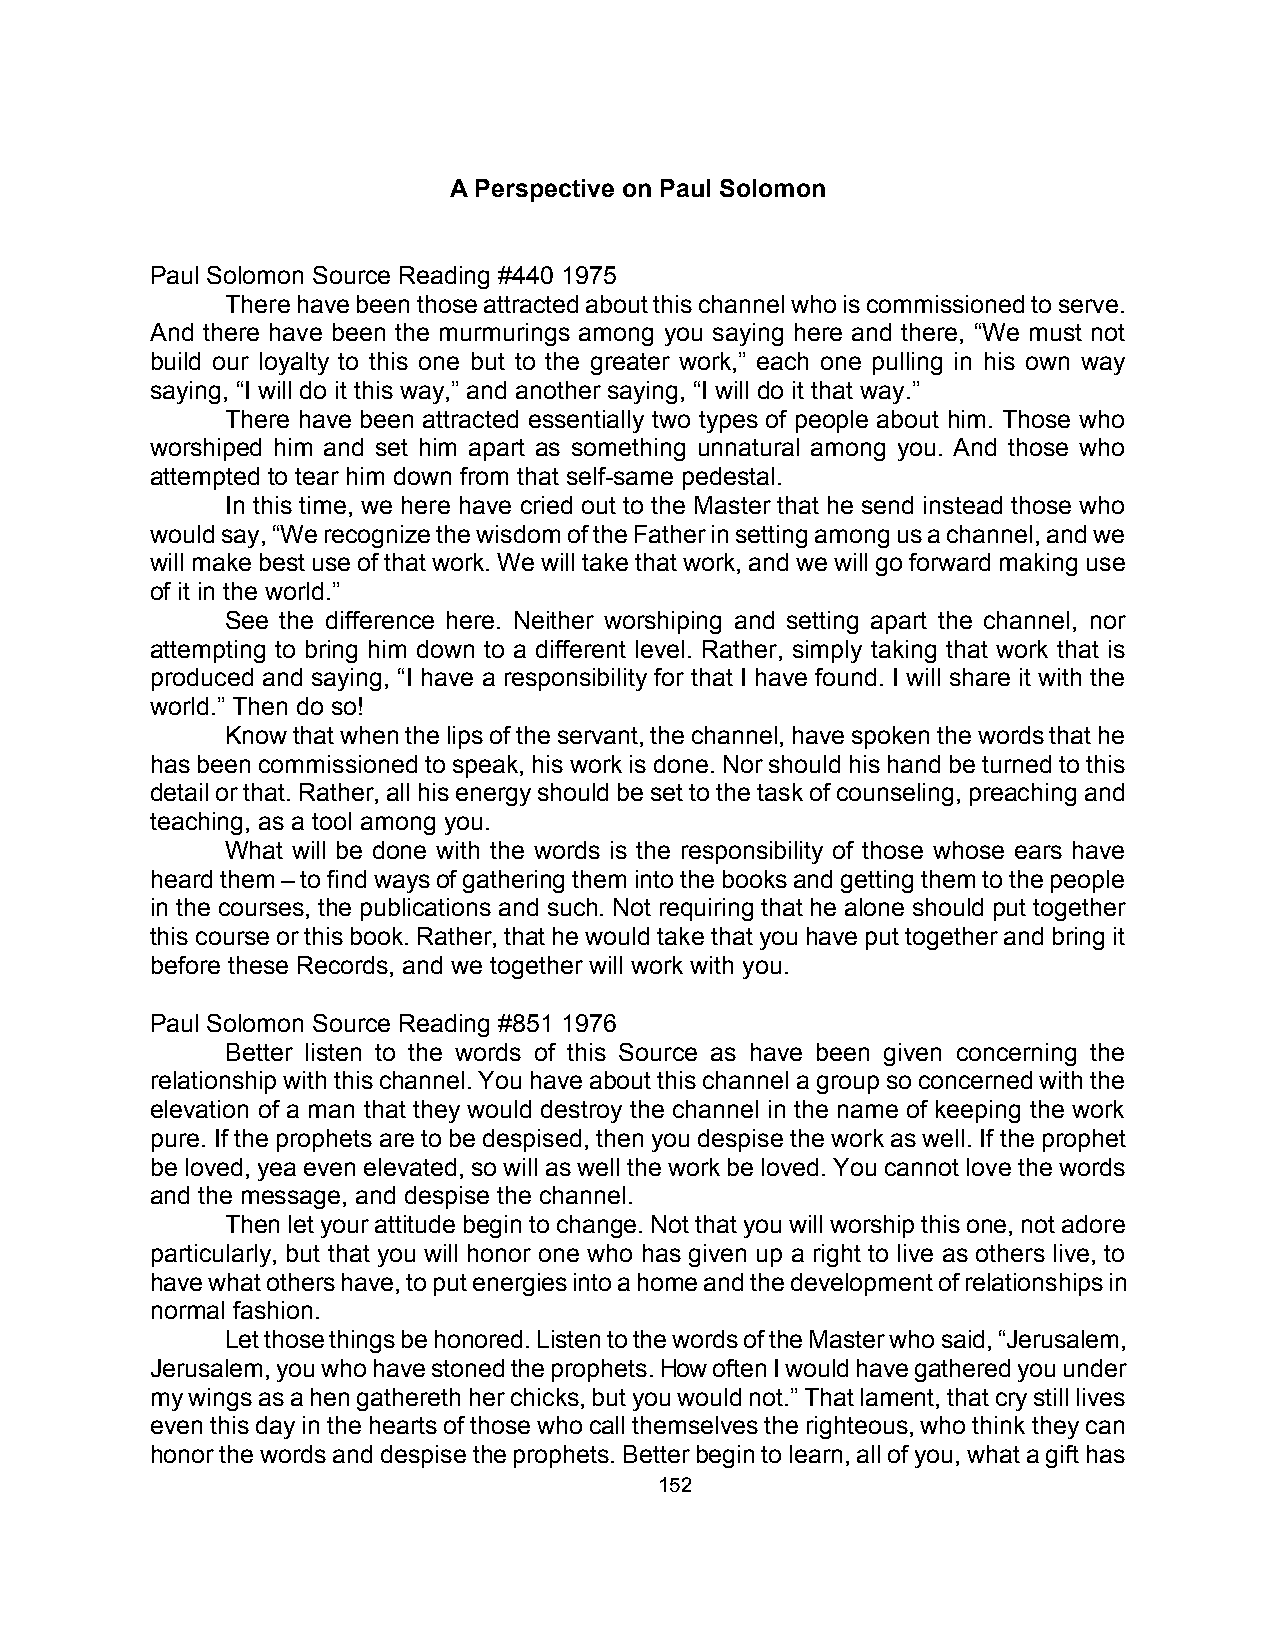
A Perspective on Paul Solomon
 Paul Solomon Source Reading #440 1975
 There have been those attracted about this channel who is commissioned to serve.
 And there have been the murmurings among you saying here and there, “We must not
 build our loyalty to this one but to the greater work,” each one pulling in his own way
 saying, “I will do it this way,” and another saying, “I will do it that way.”
 There have been attracted essentially two types of people about him. Those who
 worshiped him and set him apart as something unnatural among you. And those who
 attempted to tear him down from that self-same pedestal.
 In this time, we here have cried out to the Master that he send instead those who
 would say, “We recognize the wisdom of the Father in setting among us a channel, and we
 will make best use of that work. We will take that work, and we will go forward making use
 of it in the world.”
 See the difference here. Neither worshiping and setting apart the channel, nor
 attempting to bring him down to a different level. Rather, simply taking that work that is
 produced and saying, “I have a responsibility for that I have found. I will share it with the
 world.” Then do so!
 Know that when the lips of the servant, the channel, have spoken the words that he
 has been commissioned to speak, his work is done. Nor should his hand be turned to this
 detail or that. Rather, all his energy should be set to the task of counseling, preaching and
 teaching, as a tool among you.
 What will be done with the words is the responsibility of those whose ears have
 heard them – to find ways of gathering them into the books and getting them to the people
 in the courses, the publications and such. Not requiring that he alone should put together
 this course or this book. Rather, that he would take that you have put together and bring it
 before these Records, and we together will work with you.
 Paul Solomon Source Reading #851 1976
 Better listen to the words of this Source as have been given concerning the
 relationship with this channel. You have about this channel a group so concerned with the
 elevation of a man that they would destroy the channel in the name of keeping the work
 pure. If the prophets are to be despised, then you despise the work as well. If the prophet
 be loved, yea even elevated, so will as well the work be loved. You cannot love the words
 and the message, and despise the channel.
 Then let your attitude begin to change. Not that you will worship this one, not adore
 particularly, but that you will honor one who has given up a right to live as others live, to
 have what others have, to put energies into a home and the development of relationships in
 normal fashion.
 Let those things be honored. Listen to the words of the Master who said, “Jerusalem,
 Jerusalem, you who have stoned the prophets. How often I would have gathered you under
 my wings as a hen gathereth her chicks, but you would not.” That lament, that cry still lives
 even this day in the hearts of those who call themselves the righteous, who think they can
 honor the words and despise the prophets. Better begin to learn, all of you, what a gift has
 152